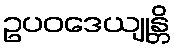
ဥပဝဒေယျုန္တိ